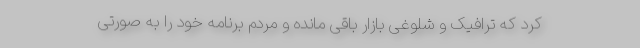
کرد که ترافیک و شلوغی بازار باقی مانده و مردم برنامه‌ خود را به صورتی